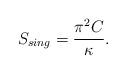
LaTeX: \begin{align*}S_{sing} = {\pi^2 C \over \kappa}.\end{align*}